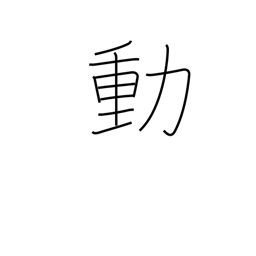
Meaning: confusion